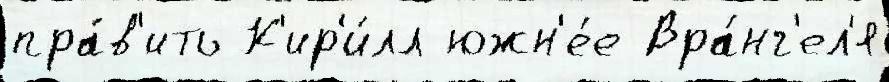
пра́в'ить К'ир'и́лл южн'е́е Вра́нг'ел'я